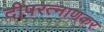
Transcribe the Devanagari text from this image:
दीपरत्नाणकर